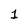
Character: 1